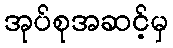
အုပ်စုအဆင့်မှ